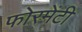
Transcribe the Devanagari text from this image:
फोरमेंटी